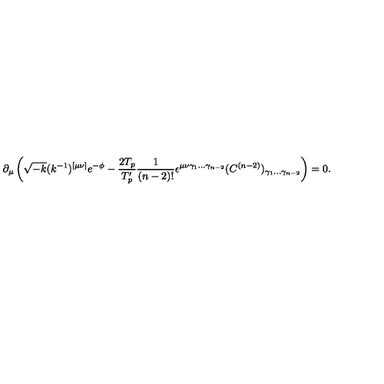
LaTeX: \partial _ { \mu } \left( \sqrt { - k } ( k ^ { - 1 } ) ^ { [ \mu \nu ] } e ^ { - \phi } - \frac { 2 T _ { p } } { T _ { p } ^ { \prime } } \frac { 1 } { ( n - 2 ) ! } \epsilon ^ { \mu \nu \gamma _ { 1 } \ldots \gamma _ { n - 2 } } ( C ^ { ( n - 2 ) } ) _ { \gamma _ { 1 } \ldots \gamma _ { n - 2 } } \right) = 0 .